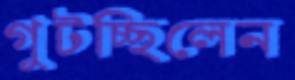
গুটচ্ছিলেন